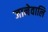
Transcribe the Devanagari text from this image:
जानेवालि